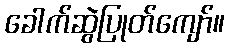
ခေါက်ဆွဲပြုတ်ကျော်။